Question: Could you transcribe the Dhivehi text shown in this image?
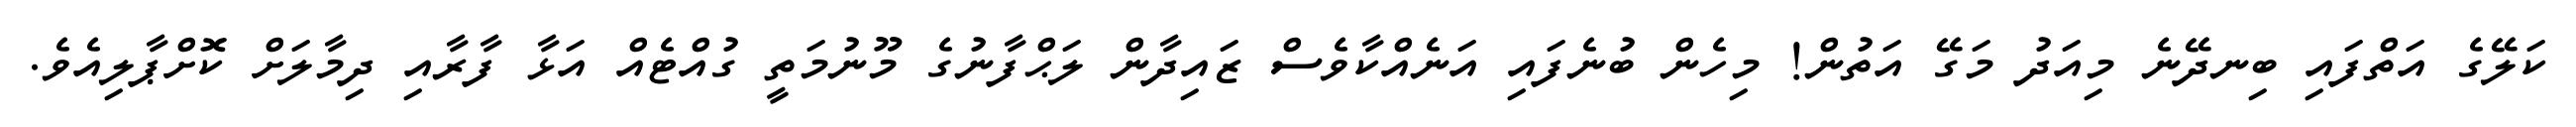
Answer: ކަލޭގެ އަތްފައި ބިނދޭނެ މިއަދު މަގޭ އަތުން! މިހެން ބުނެފައި އަނެއްކާވެސް ޒައިދާން ލަޙްފާނުގެ މޫނުމަތީ ގުއްޓެއް އަޅާ ފާރާއި ދިމާލަށް ކޮށްޕާލިއެވެ.